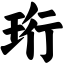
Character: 珩